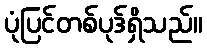
ပုံပြင်တစ်ပုဒ်ရှိသည်။